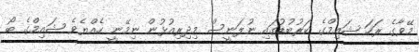
މޭވާގެ ރަހަ ޝައިމްގެ ކަރުބުޑުގައި ނުލަނީސް މިދިރިއުޅުން ނިމޭނީ ހެއްޔެވެ ޝައިމްގެ ބޯ